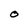
Character: O